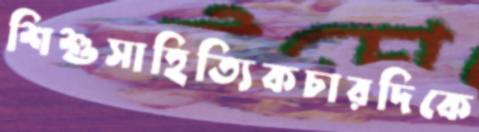
শিশুসাহিত্যিকচারদিকে